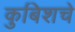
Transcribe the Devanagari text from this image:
कुबिशचे